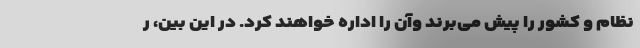
نظام و کشور را پیش می‌برند وآن را اداره خواهند کرد. در این بین، ر